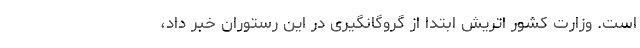
است. وزارت کشور اتریش ابتدا از گروگانگیری در این رستوران خبر داد،